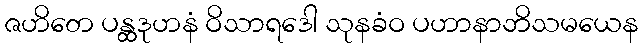
ဇဟိတေ ပန္ထဒုဟနံ ဝိသာရဒေါ သုနခံဝ ပဟာနာဘိသမယေန